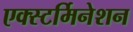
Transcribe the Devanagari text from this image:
एक्स्टर्मिनेशन